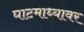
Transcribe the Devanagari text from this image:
घाटमाध्यावर